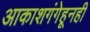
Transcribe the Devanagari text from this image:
आकाशगंगेहूनही